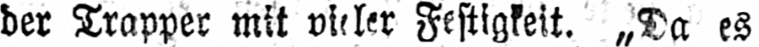
der Trapper mit vieler Festigkeit. „Da es